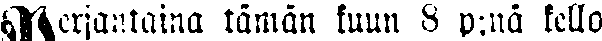
Perjantaina tämän kuun 8 p:nä kello